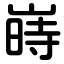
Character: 嵵